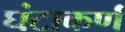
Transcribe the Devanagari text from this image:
घंटाकर्ण